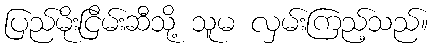
ပြည်မိုးငြိမ်းဆီသို့ သူမ လှမ်းကြည့်သည်။